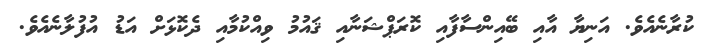
ކުރާނެއެވެ. އަނިޔާ އާއި ބޭއިންސާފާއި ކޮރަޕްޝަނާއި ޤައުމު ވިއްކުމާއި ދެކޮޅަށް އަޑު އުފުލާނެއެވެ.